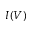
I ( V )